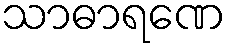
သာဓာရဏေ